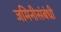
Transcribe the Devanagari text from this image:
जमिनीसंबंधी